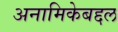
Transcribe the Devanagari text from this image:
अनामिकेबद्दल